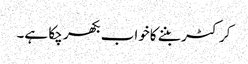
کرکٹر بننے کاخواب بکھر چکا ہے۔